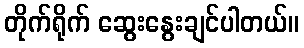
တိုက်ရိုက် ဆွေးနွေးချင်ပါတယ်။